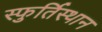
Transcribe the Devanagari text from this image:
स्फुर्तिस्थान